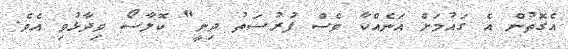
އެގޮތުން އެ ގައުމަށް އަނެއްކާ ވެސް ފުރުސަތު ދިނީ" ކޮލާސޯ ވިދާޅުވި އެވެ.